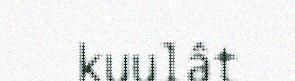
kuulât